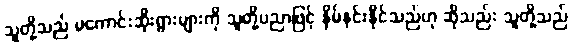
သူတို့သည် မကောင်းဆိုးရွားများကို သူတို့ပညာဖြင့် နှိမ်နင်းနိုင်သည်ဟု ဆိုသည်း သူတို့သည်